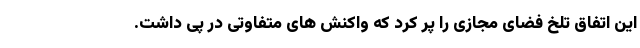
این اتفاق تلخ فضای مجازی را پر کرد که واکنش های متفاوتی در پی داشت.